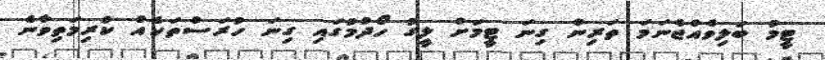
ޓީމު ބަލިވެއްޖެނަމަ ތަރިން ގިނަ ޓީމަށް ލީގު ހޯދުމުގައި ގިނަ ހުރަސްތަކެއް ކުރިމަތިވާނެ